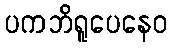
ပကဘိရူပေနေဝ